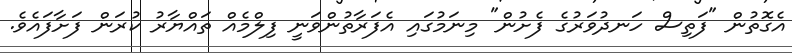
އެގޮތުން "ފަތިސް ހަނދުވަރުގެ ފެށުން" މިނަމުގައި އެފަރާތުންވަނީ ފިލްމެއް ތައްޔާރު ކުރަން ފަށާފައެވެ.